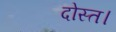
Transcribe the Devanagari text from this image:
दोस्त।